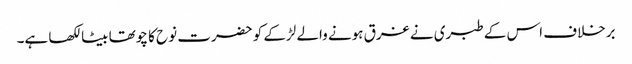
برخلاف اس کے طبری نے غرق ہونے والے لڑکے کو حضرت نوح کا چوتھا بیٹا لکھا ہے۔